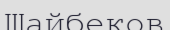
Шайбеков